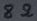
Text: 8Ω